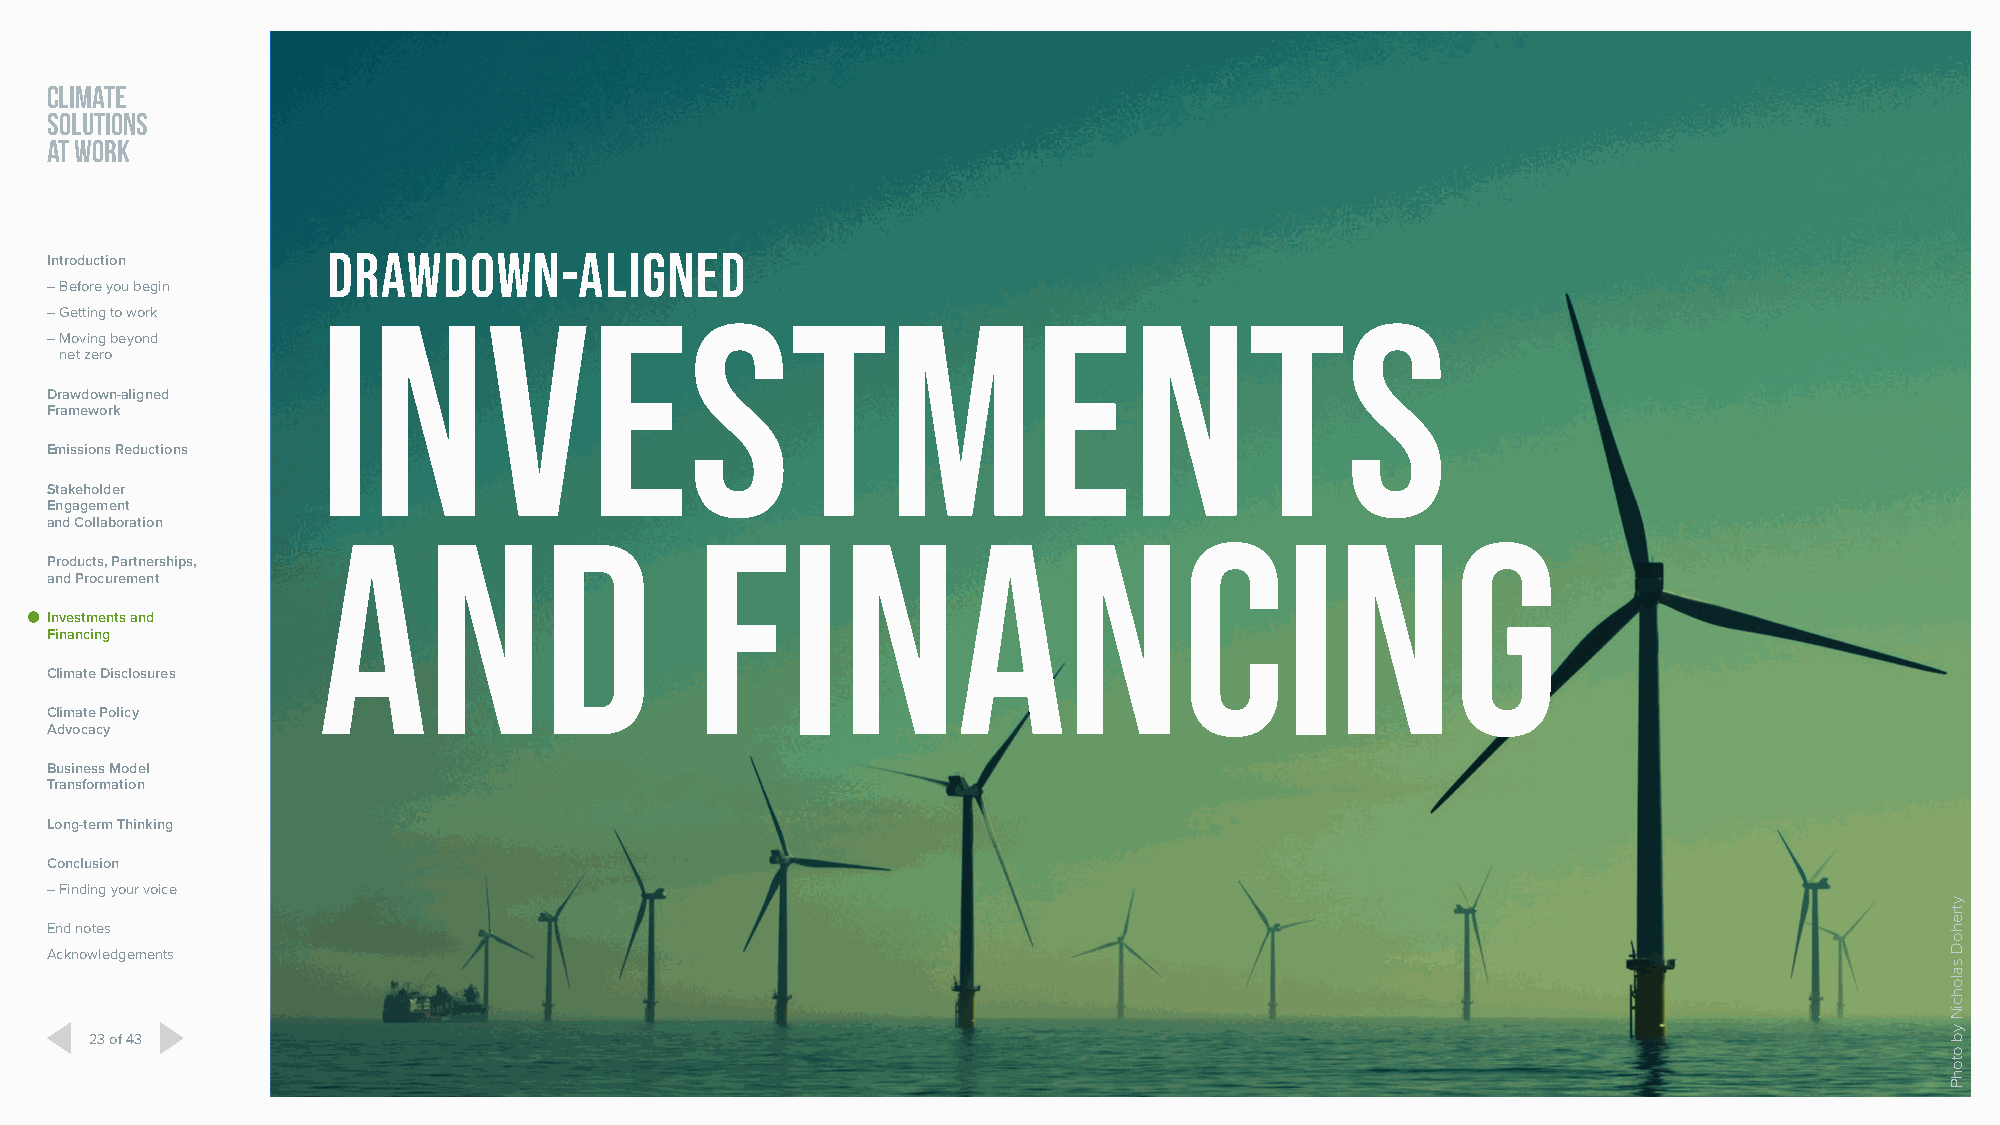
CLIMATE
 SOLUTIONS
 AT WORK
 Drawdown-Aligned
 Introduction
 – Before you begin
 Investments
 – Getting to work
 – Moving beyond
 net zero
 Drawdown-aligned
 Framework
 Emissions Reductions
 Stakeholder
 Engagement
 and Collaboration and                      Financing
 Products, Partnerships,
 and Procurement
 Investments and
 Financing
 Climate Disclosures
 Climate Policy
 Advocacy
 Business Model
 Transformation
 Long-term Thinking
 Conclusion
 – Finding your voice
 End notes
 Acknowledgements
 23 of 43
 ytrehoD
 salohciN
 yb
 otohP